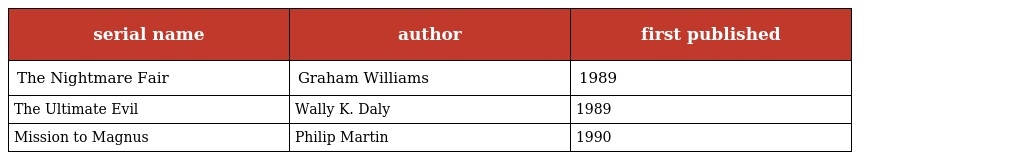
| serial name | author | first published |
 | --- | --- | --- |
 | The Nightmare Fair | Graham Williams | 1989 |
 | The Ultimate Evil | Wally K. Daly | 1989 |
 | Mission to Magnus | Philip Martin | 1990 |